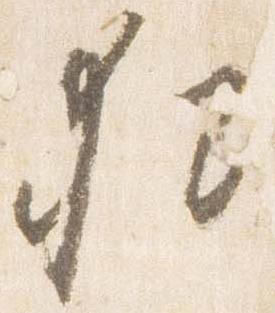
猶